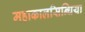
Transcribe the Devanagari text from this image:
महाकालसिन्धिया